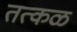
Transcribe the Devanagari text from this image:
तत्कळ